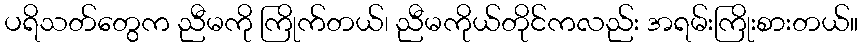
ပရိသတ်တွေက ညီမကို ကြိုက်တယ်၊ ညီမကိုယ်တိုင်ကလည်း အရမ်းကြိုးစားတယ်။